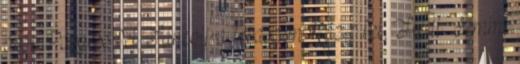
örömPörgess fel Táncolj a teraszon Rázz fel, Hédi Semmi